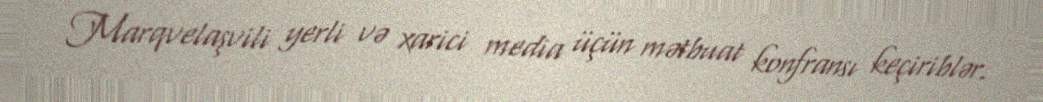
Marqvelaşvili yerli və xarici media üçün mətbuat konfransı keçiriblər.